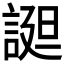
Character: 𧩙